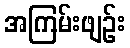
အကြမ်းဖျဉ်း